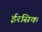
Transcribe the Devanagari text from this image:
ईरसिक